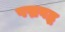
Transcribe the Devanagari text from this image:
पद्मबद्ध